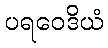
ပရဝေဒိယံ